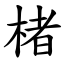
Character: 楮